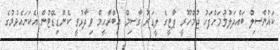
ކައުންސިލް ބައްދަލުވުމަށްފަހު ޖުމްހޫރީ ޕާޓީގެ ލީޑަރު ގާސިމް އިބްރާހީމް ވިދާޅުވީ ކެންޑިޑޭޓުން އެކަށައެޅުމުގެ